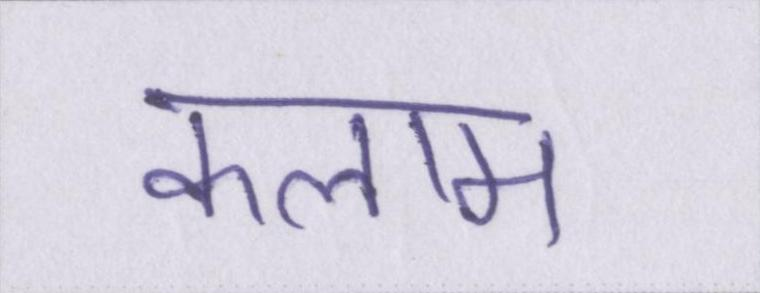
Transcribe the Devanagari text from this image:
कलाम